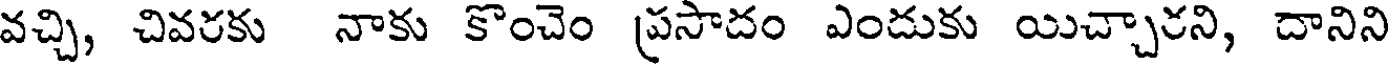
వచ్చి, చివరకు నాకు కొంచెం ప్రసాదం ఎందుకు యిచ్చారని, దానిని